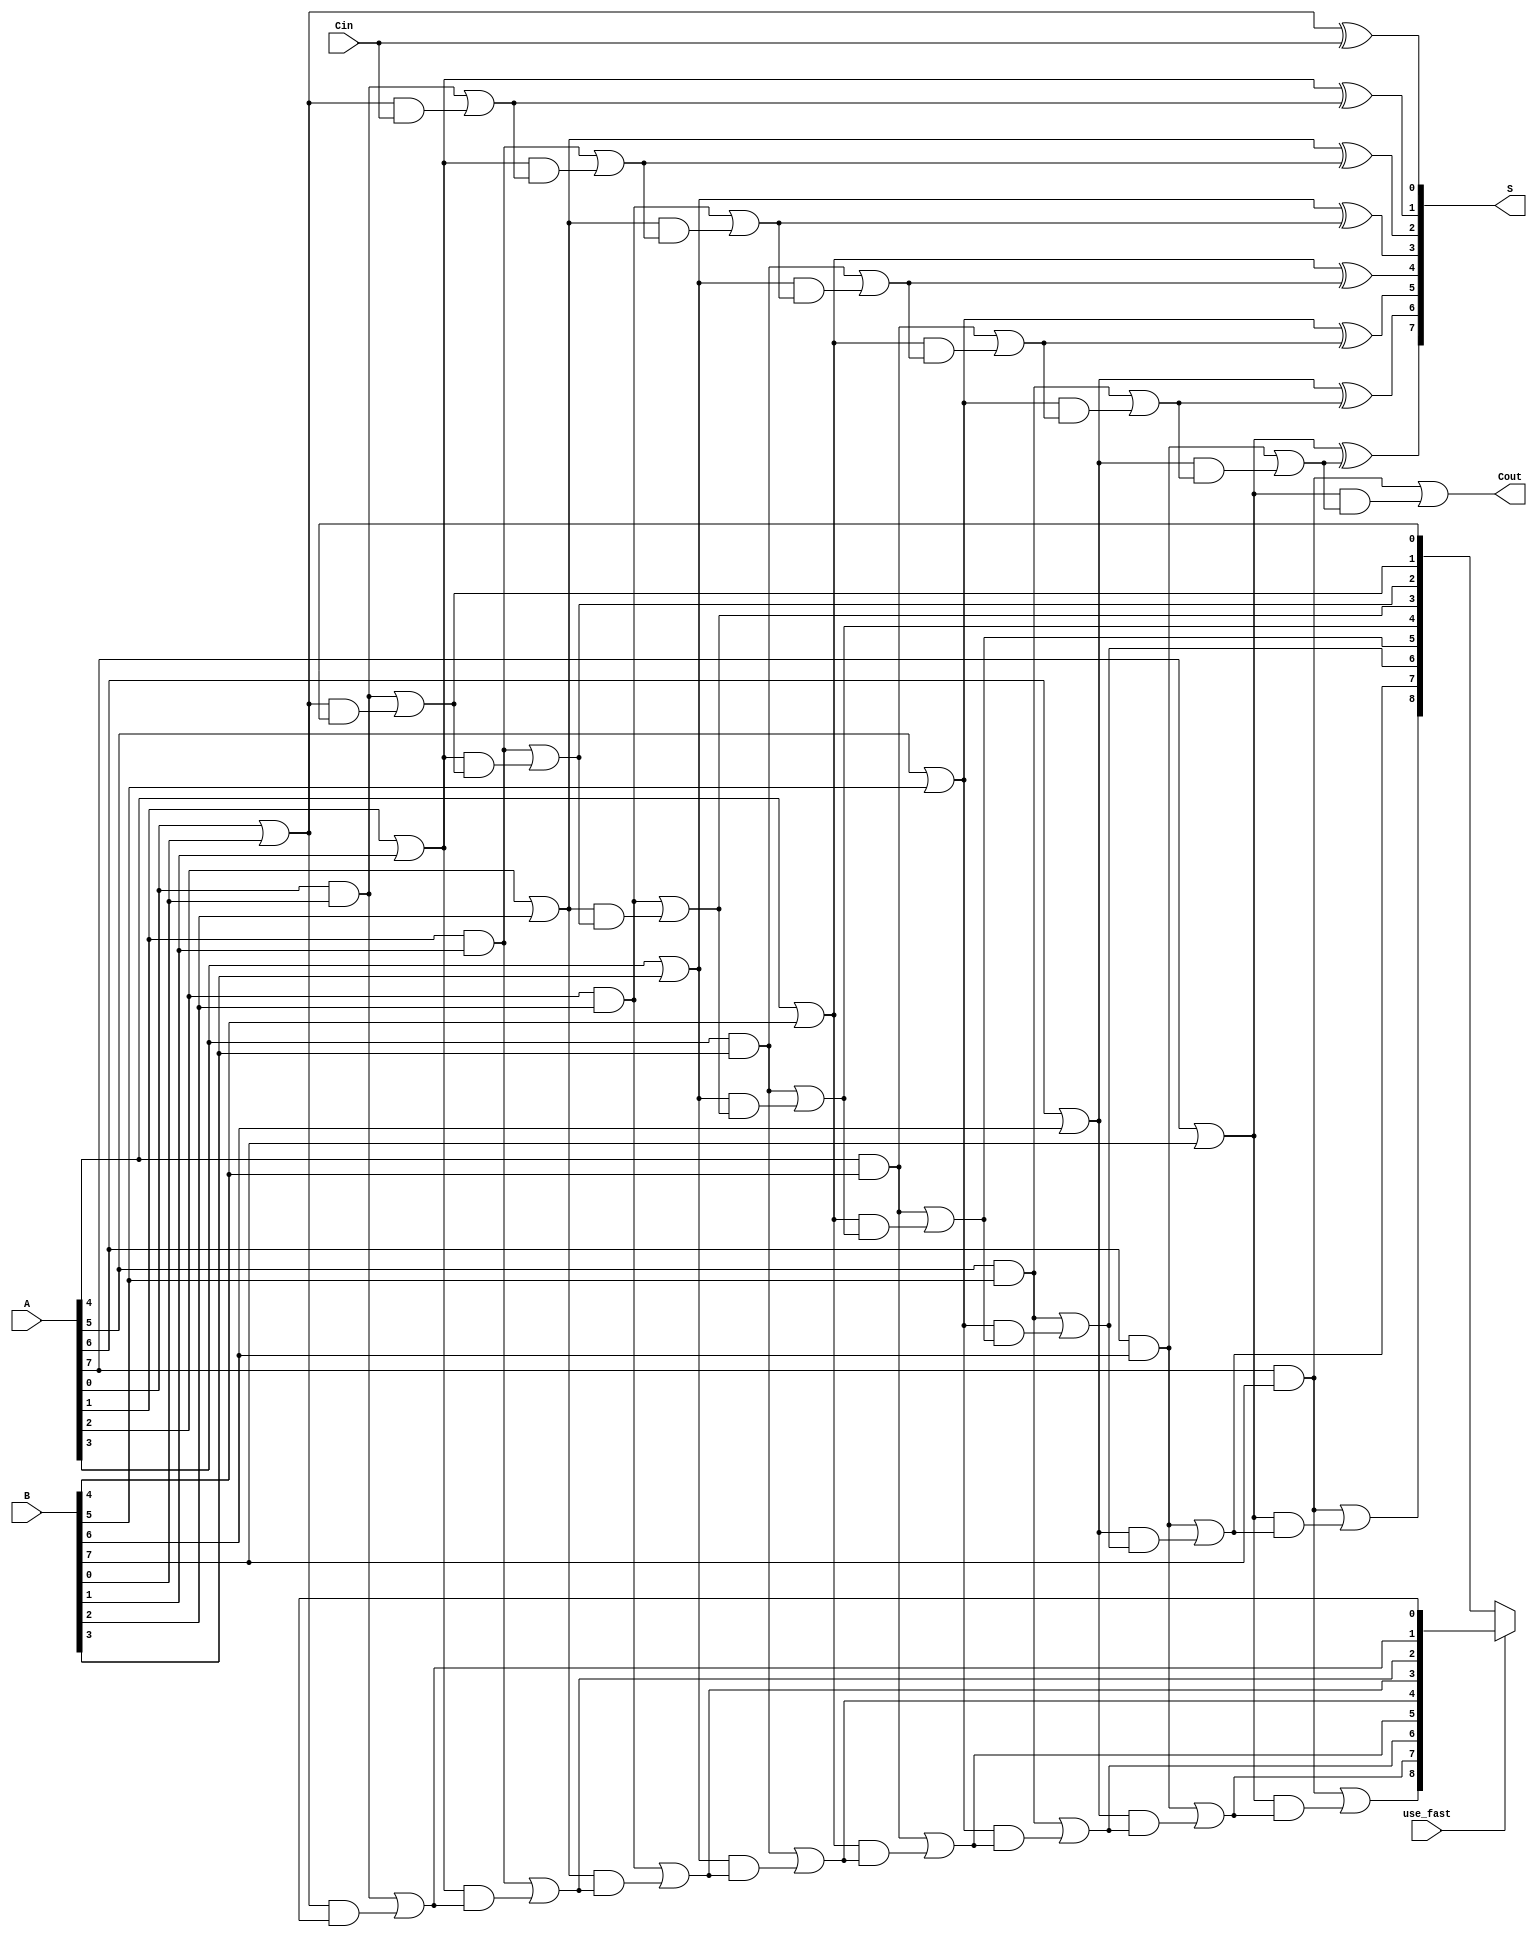
module VariableLatencyCLA #(
    parameter n = 8 // Width of input binary numbers
)(
    input  [n-1:0] A,      // First operand
    input  [n-1:0] B,      // Second operand
    input         Cin,      // Carry in
    input         use_fast, // Control signal to select latency mode
    output [n-1:0] S,      // Sum output
    output        Cout      // Carry out
);

// Generate and Propagate signals
wire [n-1:0] G; // Generate signals
wire [n-1:0] P; // Propagate signals
wire [n:0] C;   // Carry signals

// Generate and Propagate logic
genvar i;
generate
    for (i = 0; i < n; i = i + 1) begin : gp_logic
        assign G[i] = A[i] & B[i]; // Generate
        assign P[i] = A[i] | B[i]; // Propagate
    end
endgenerate

// Carry signals calculation
assign C[0] = Cin; // Initial carry input

// Hierarchical carry generation (2-level CLA)
generate
    for (i = 0; i < n; i = i + 1) begin : carry_logic
        if (i == 0) begin
            assign C[i+1] = G[i] | (P[i] & C[i]); // Level 1 carry
        end else begin
            assign C[i+1] = G[i] | (P[i] & C[i]); // Level 1 carry
        end
    end
endgenerate

// Sum calculation
generate
    for (i = 0; i < n; i = i + 1) begin : sum_logic
        assign S[i] = P[i] ^ C[i]; // Sum
    end
endgenerate

// Carry out
assign Cout = C[n];

// Variable latency control (simple multiplexer example)
wire [n:0] C_fast; // Fast carry signals
wire [n:0] C_slow; // Slow carry signals

// Fast carry logic (if needed, can be more complex)
generate
    for (i = 0; i < n; i = i + 1) begin : fast_carry_logic
        assign C_fast[i+1] = G[i] | (P[i] & C_fast[i]);
    end
endgenerate

// Slow carry logic (can add more levels or different logic for longer latency)
generate
    for (i = 0; i < n; i = i + 1) begin : slow_carry_logic
        assign C_slow[i+1] = G[i] | (P[i] & C_slow[i]);
    end
endgenerate

// Multiplexer to select between fast and slow carry
assign C[0] = Cin; // Initial carry input
assign C = use_fast ? C_fast : C_slow; // Select carry based on latency mode

endmodule